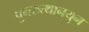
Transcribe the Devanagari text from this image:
पुनरुत्थानयुग